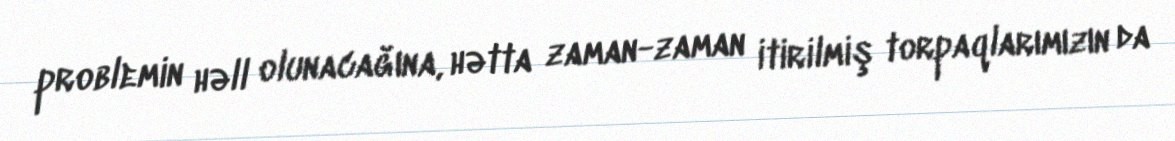
problemin həll olunacağına, hətta zaman-zaman itirilmiş torpaqlarımızın da